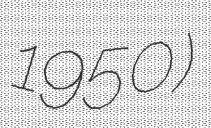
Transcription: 1950)